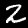
Label: 2